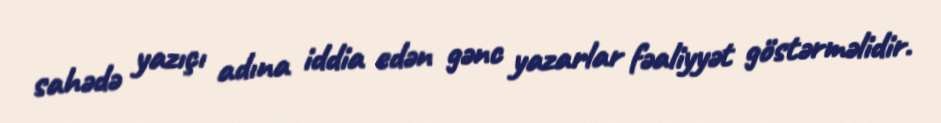
sahədə yazıçı adına iddia edən gənc yazarlar fəaliyyət göstərməlidir.